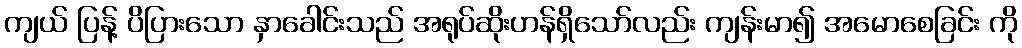
ကျယ် ပြန့် ပိပြားသော နှာခေါင်းသည် အရုပ်ဆိုးဟန်ရှိသော်လည်း ကျန်းမာ၍ အမောစေခြင်း ကို